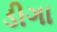
ડીગા